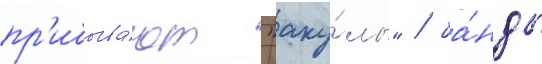
пр'ибыва́ют "аку́лы" / ба́нды